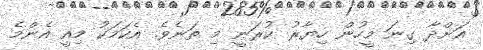
އަށްދާ ގިނަ މީހުން ހިޔާރު ކުރަނީ މި ތަނެވެ. އެކަމަކު މިއީ އެންމެ